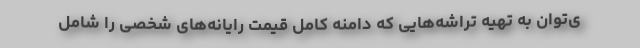
ی‌توان به تهیه تراشه‌هایی که دامنه کامل قیمت رایانه‌های شخصی را شامل